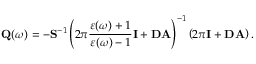
\mathbf { Q } ( \omega ) = - \mathbf { S } ^ { - 1 } \left( 2 \pi \frac { \varepsilon ( \omega ) + 1 } { \varepsilon ( \omega ) - 1 } \mathbf { I } + \mathbf { D A } \right) ^ { - 1 } \left( 2 \pi \mathbf { I } + \mathbf { D A } \right) .